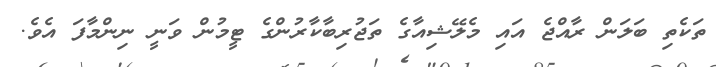
ތަކެތި ބަލަން ރާއްޖެ އައި މެލޭޝިއާގެ ތަޖުރިބާކާރުންގެ ޓީމުން ވަނީ ނިންމާފަ އެވެ.